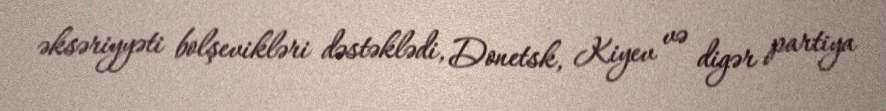
əksəriyyəti bolşevikləri dəstəklədi, Donetsk, Kiyev və digər partiya